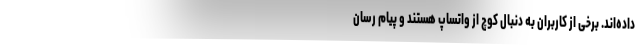
داده‌اند. برخی از کاربران به دنبال کوچ از واتساپ هستند و پیام رسان